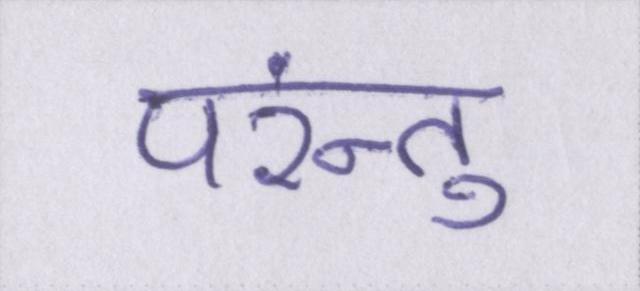
परंन्तु